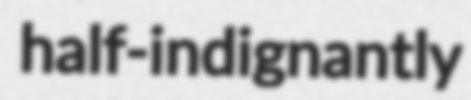
half-indignantly